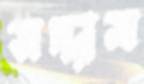
সদ্দাম